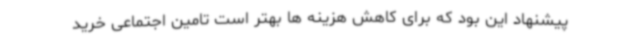
پیشنهاد این بود که برای کاهش هزینه ها بهتر است تامین اجتماعی خرید